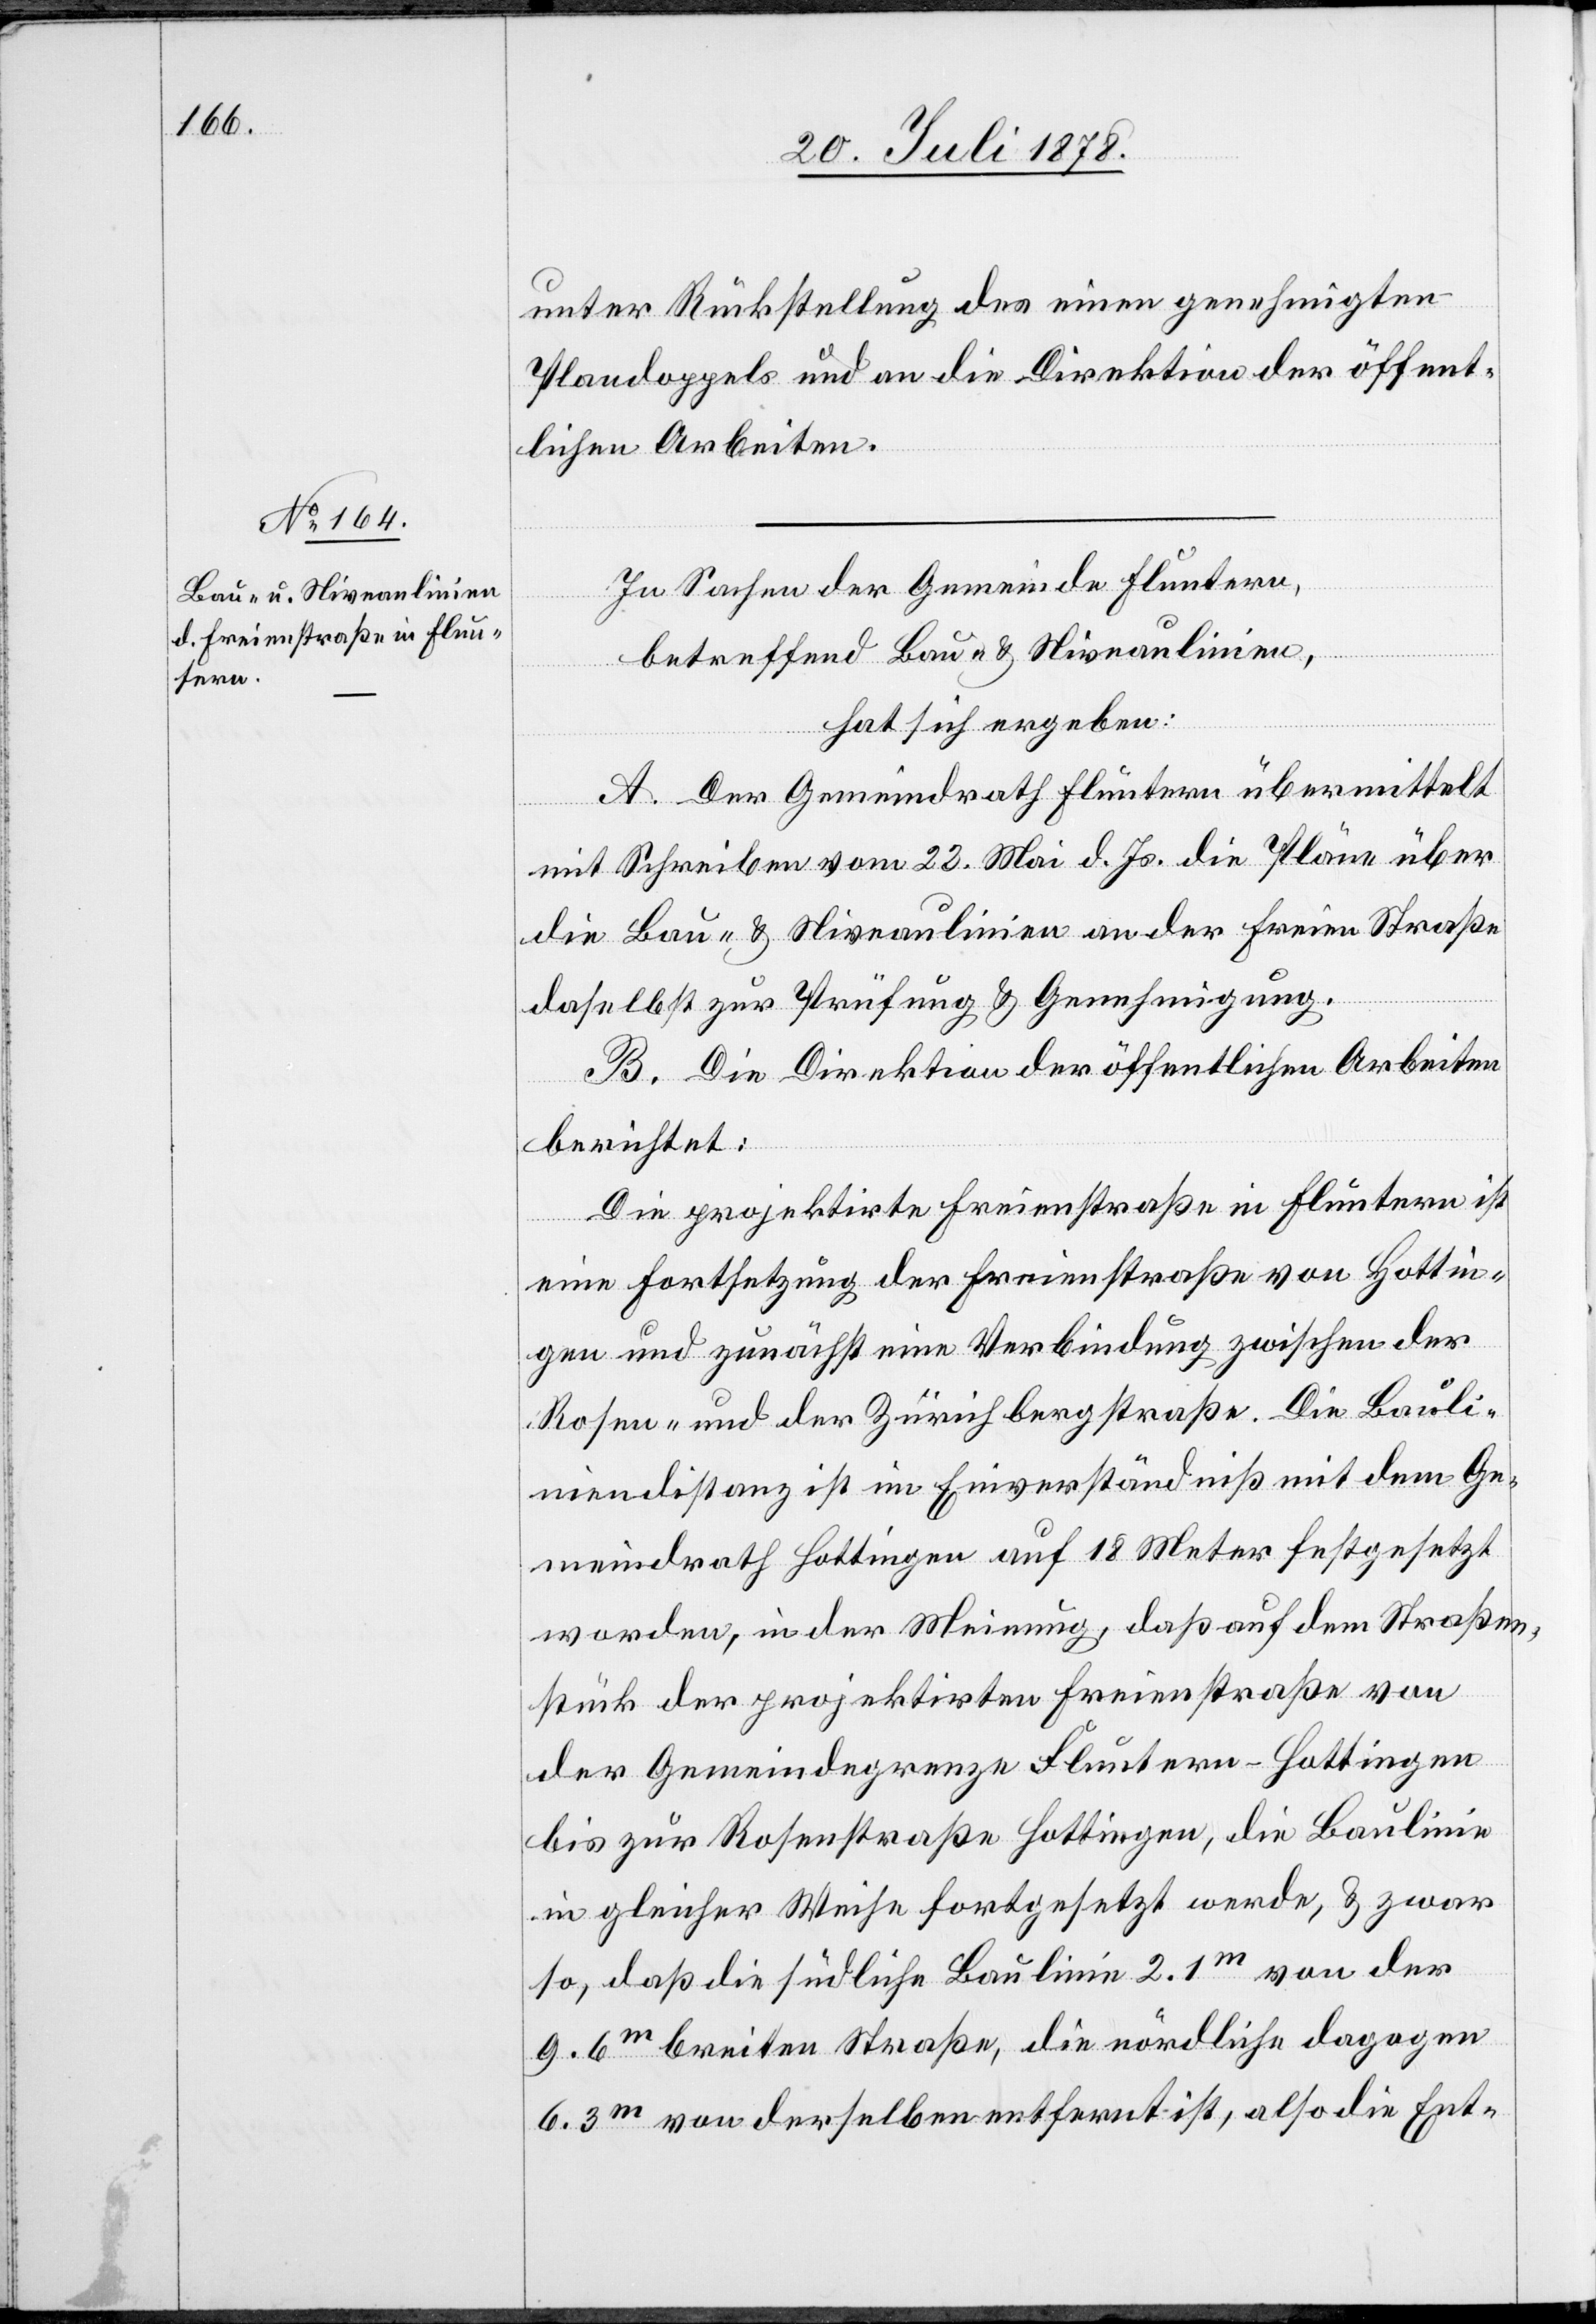
unter Rückstellung des einen genehmigten
Plandoppels und an die Direktion der öffent¬
lichen Arbeiten.
In Sachen der Gemeinde Fluntern,
betreffend Bau- & Niveaulinien,
hat sich ergeben:
A. Der Gemeindrath Fluntern übermittelt
mit Schreiben vom 23. Mai d. Js. die Pläne über
die Bau- & Niveaulinien an der freien Straße
daselbst zur Prüfung & Genehmigung.
B. Die Direktion der öffentlichen Arbeiten
berichtet:
Die projektirte Freienstraße in Fluntern ist
eine Fortsetzung der Freienstraße von Hottin¬
gen und zunächst eine Verbindung zwischen der
Rosen- und der Zürichbergstraße. Die Bauli¬
niendistanz ist im Einverständniß mit dem Ge¬
meindrath Hottingen auf 18 Meter festgesetzt
worden, in der Meinung, daß auf dem Straßen¬
stück der projektirten Freienstraße von
der Gemeindegrenze Fluntern–Hottingen
bis zur Rosenstraße Hottingen, die Baulinie
in gleicher Weise fortgesetzt werde, & zwar
so, daß die südliche Baulinie 2.1m von der
9.6m breiten Straße, die nördliche dagegen
6.3m von derselben entfernt ist, also die Ent-